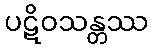
ပဋိဝသန္တဿ